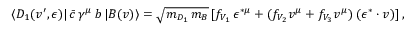
\langle D _ { 1 } ( v ^ { \prime } , \epsilon ) | \, \bar { c } \, \gamma ^ { \mu } \, b \, | B ( v ) \rangle = \sqrt { m _ { D _ { 1 } } \, m _ { B } } \, [ f _ { V _ { 1 } } \, \epsilon ^ { * \mu } + ( f _ { V _ { 2 } } v ^ { \mu } + f _ { V _ { 3 } } v ^ { \mu } ) \, ( \epsilon ^ { * } \cdot v ) ] \, ,